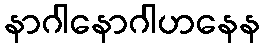
နာဂါနောဂါဟနေန